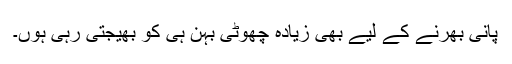
پانی بھرنے کے لیے بھی زیادہ چھوٹی بہن ہی کو بھیجتی رہی ہُوں۔